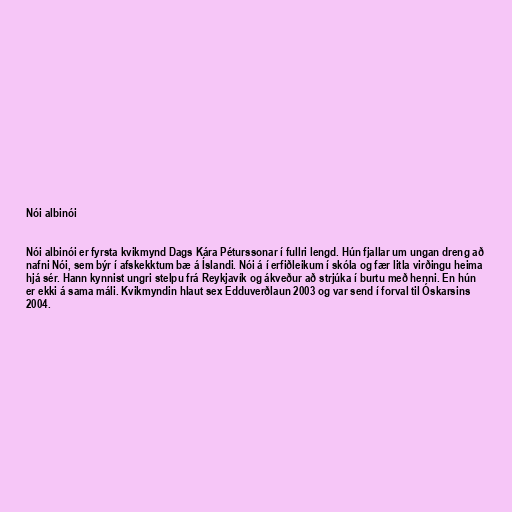
Nói albinói

Nói albinói er fyrsta kvikmynd Dags Kára Péturssonar í fullri lengd. Hún fjallar um ungan dreng að
nafni Nói, sem býr í afskekktum bæ á Íslandi. Nói á í erfiðleikum í skóla og fær litla virðingu heima
hjá sér. Hann kynnist ungri stelpu frá Reykjavík og ákveður að strjúka í burtu með henni. En hún
er ekki á sama máli. Kvikmyndin hlaut sex Edduverðlaun 2003 og var send í forval til Óskarsins
2004.